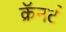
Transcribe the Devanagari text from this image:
क्रॅनर्ट